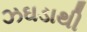
ઝઘડાથી